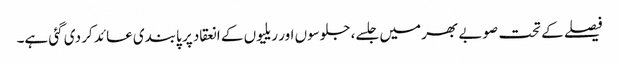
فیصلے کے تحت صوبے بھر میں جلسے، جلوسوں اور ریلیوں کے انعقاد پر پابندی عائد کر دی گئی ہے۔